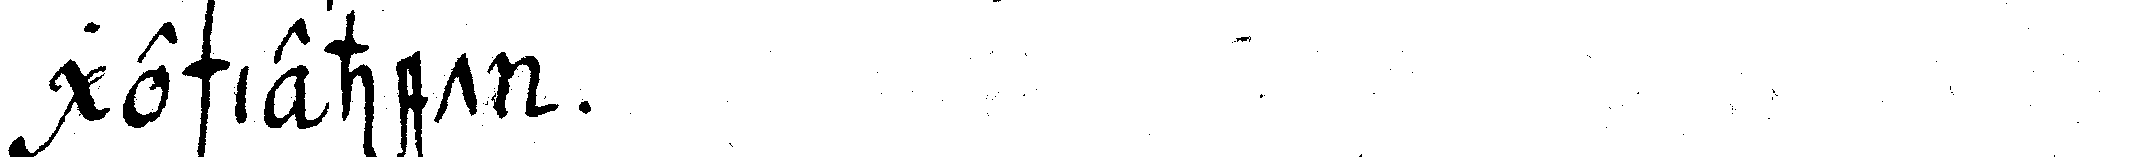
geschiehet .